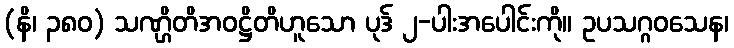
(နိ၊ ၃၈၀) သဏ္ဌိတိအဝဋ္ဌိတိဟူသော ပုဒ် ၂-ပါးအပေါင်းကို။ ဥပသဂ္ဂဝသေန၊